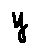
y